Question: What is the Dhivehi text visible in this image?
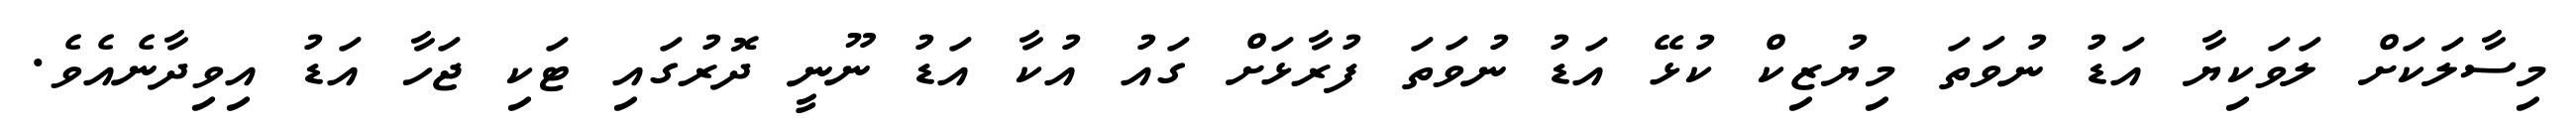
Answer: މިސާލަކަށް ލަވަކިޔާ އަޑު ނުވަތަ މިޔުޒިކް ކުޅޭ އަޑު ނުވަތަ ފުރާޅަށް ގައު އުކާ އަޑު ނޫނީ ދޮރުގައި ޓަކި ޖަހާ އަޑު އިވިދާނެއެވެ.